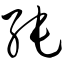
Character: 纯